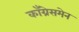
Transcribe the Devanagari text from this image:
काँग्रेसमेन